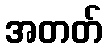
အတတ်